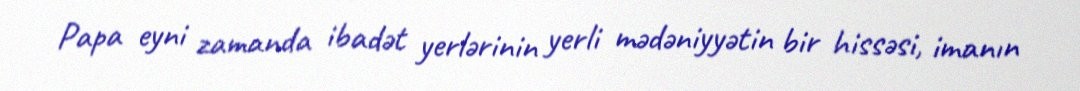
Papa eyni zamanda ibadət yerlərinin yerli mədəniyyətin bir hissəsi, imanın